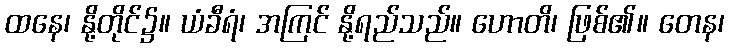
ထနေ၊ နို့တိုင်၌။ ယံခီရံ၊ အကြင် နို့ရည်သည်။ ဟောတိ၊ ဖြစ်၏။ တေန၊